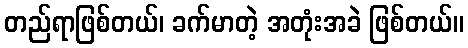
တည်ရာဖြစ်တယ်၊ ခက်မာတဲ့ အတုံးအခဲ ဖြစ်တယ်။